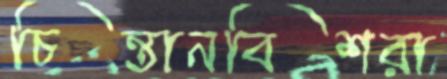
চিন্তানবিশরা